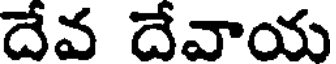
దేవ దేవాయ